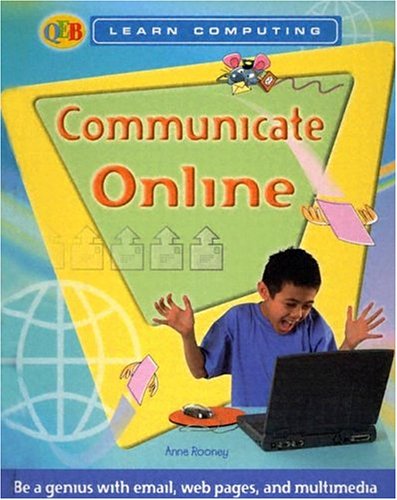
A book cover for Communicate Online (Qeb Learn Computing); Anne Rooney; Children's Books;